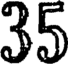
35